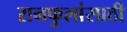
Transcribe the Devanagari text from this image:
रानफुलांसाठी